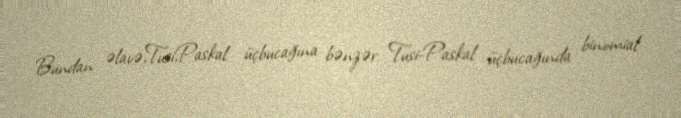
Bundan əlavə,Tusi,Paskal üçbucağına bənzər Tusi-Paskal üçbucağında binomial